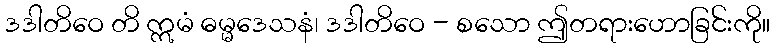
ဒဒါတိဝေ တိ ဣမံ ဓမ္မဒေသနံ၊ ဒဒါတိဝေ - စသော ဤတရားဟောခြင်းကို။